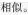
相似。